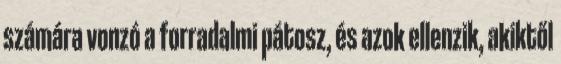
számára vonzó a forradalmi pátosz, és azok ellenzik, akiktől